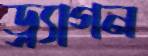
ড্র্যাগন